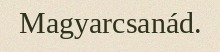
Magyarcsanád.